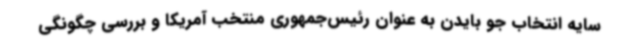
سایه انتخاب جو بایدن به عنوان رئیس‌جمهوری منتخب آمریکا و بررسی چگونگی